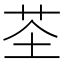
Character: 𫇲